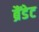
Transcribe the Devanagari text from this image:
ब्रैंडेट